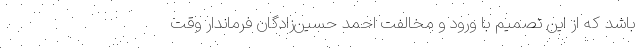
باشد که از این تصمیم با ورود و مخالفت احمد حسین‌زادگان فرماندار وقت